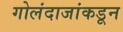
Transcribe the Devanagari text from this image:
गोलंदाजांकडून